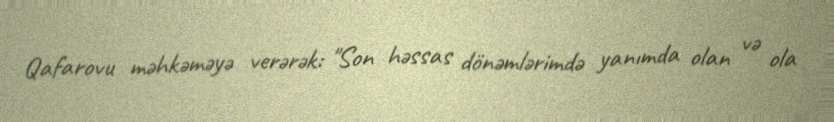
Qafarovu məhkəməyə verərək: "Son həssas dönəmlərimdə yanımda olan və ola